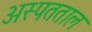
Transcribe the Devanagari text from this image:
अस्पतताल